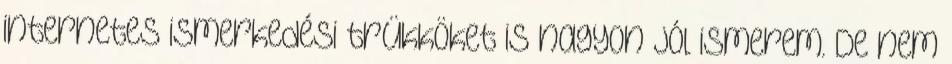
internetes ismerkedési trükköket is nagyon jól ismerem. De nem